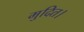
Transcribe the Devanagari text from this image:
मुदित।